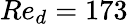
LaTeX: Re_{d}=173